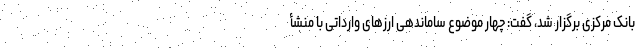
بانک مرکزی برگزار شد، گفت: چهار موضوع ساماندهی ارزهای وارداتی با منشأ